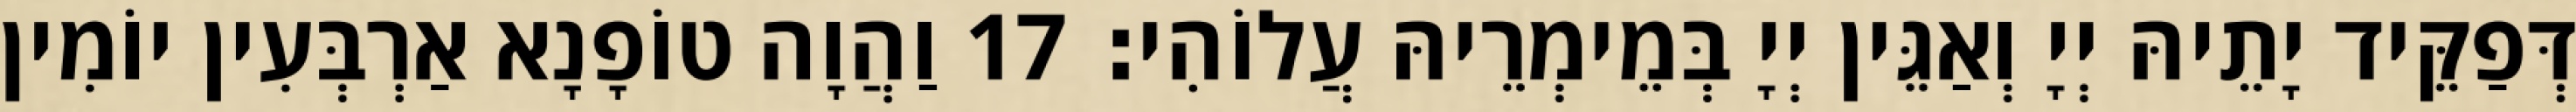
דְּפַקֵּיד יָתֵיהּ יְיָ וְאַגֵּין יְיָ בְּמֵימְרֵיהּ עֲלוֹהִי׃ 17 וַהֲוָה טוֹפָנָא אַרְבְּעִין יוֹמִין